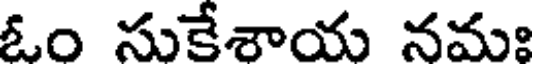
ఓం సుకేశాయ నమః